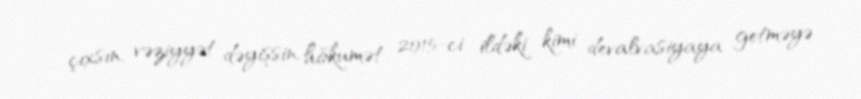
çıxsın, vəziyyət dəyişsin, hökumət 2015-ci ildəki kimi devalvasiyaya getməyə